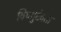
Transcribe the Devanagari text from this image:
विष्णुदेवता